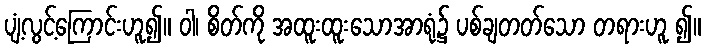
ပျံ့လွင့်ကြောင်းဟူ၍။ ဝါ၊ စိတ်ကို အထူးထူးသောအာရုံ၌ ပစ်ချတတ်သော တရားဟူ ၍။